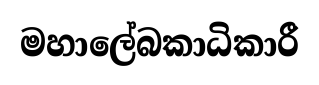
මහාලේබකාධිකාරී